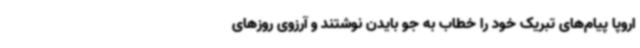
اروپا پیام‌های تبریک خود را خطاب به جو بایدن نوشتند و آرزوی روزهای